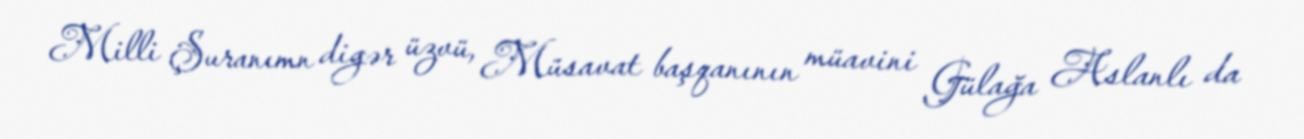
Milli Şuranımn digər üzvü, Müsavat başqanının müavini Gülağa Aslanlı da